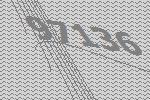
97136